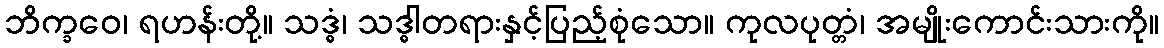
ဘိက္ခဝေ၊ ရဟန်းတို့။ သဒ္ဓံ၊ သဒ္ဓါတရားနှင့်ပြည့်စုံသော။ ကုလပုတ္တံ၊ အမျိုးကောင်းသားကို။